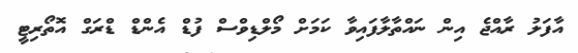
އާފަލު ރާއްޖެ އިން ނައްތާލާފައިވާ ކަމަށް މޯލްޑިވްސް ފުޑް އެންޑް ޑްރަގް އޮތޯރިޓީ